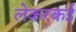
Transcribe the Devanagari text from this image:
लेकरकई